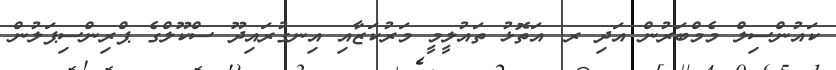
ކައުންސިލް މެމްބަރުން އަދި ރ. އަތޮޅު ތައުލީމީ މަރުކަޒާއި އިނގުރައިދޫ ސްކޫލްގެ ޕްރިންސިޕަލުން